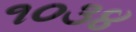
૧૦૩૪